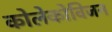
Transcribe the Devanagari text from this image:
कोलेकोविजन